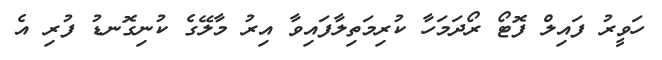
ހަވީރު ފައިލް ފޮޓޯ ރޯދަމަހާ ކުރިމަތިލާފައިވާ އިރު މާލޭގެ ކުނިގޮނޑު ފުރި އެ